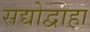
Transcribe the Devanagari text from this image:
सद्योद्वाहा